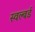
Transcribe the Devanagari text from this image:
स्वल्बर्ड